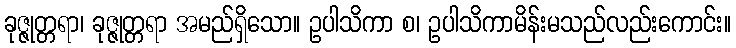
ခုဇ္ဇုတ္တရာ၊ ခုဇ္ဇုတ္တရာ အမည်ရှိသော။ ဥပါသိကာ စ၊ ဥပါသိကာမိန်းမသည်လည်းကောင်း။